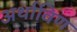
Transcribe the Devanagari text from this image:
अर्थाविण